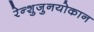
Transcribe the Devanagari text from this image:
रेन्शुजुनयोकान